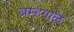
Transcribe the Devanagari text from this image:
ब्रम्हगाळ